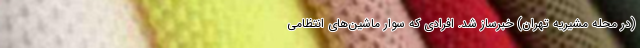
(در محله مشیریه تهران) خبرساز شد. افرادی که سوار ماشین‌های انتظامی